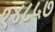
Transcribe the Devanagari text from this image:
१४८५७